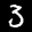
Label: 3